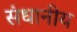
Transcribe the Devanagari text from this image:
संधानीय